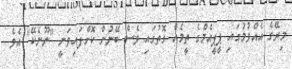
މިރޭގެ އެއްވުމުގައި ޕީޕީއެމްގެ ތީމެއް ގޮތުގައި ވެސް ބޭނުން ކޮށްފައިވަނީ "ނޫނެކޭ" އެވެ.